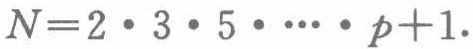
\(N = 2\cdot3\cdot5\cdot\cdots\cdot p + 1.\)